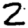
Digit: 2